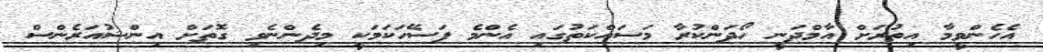
އެހެންވީމާ އިތުރަށް އާމްދަނީ ހޯދަންކުރާ މަސައްކަތުގައި އެންމެ ފަސޭހަކަމަކީ މިދެންނެވި ގޮތަށް އިންޝުއަރެންސް